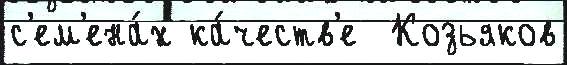
с'ем'ена́х ка́честв'е  Козьяков